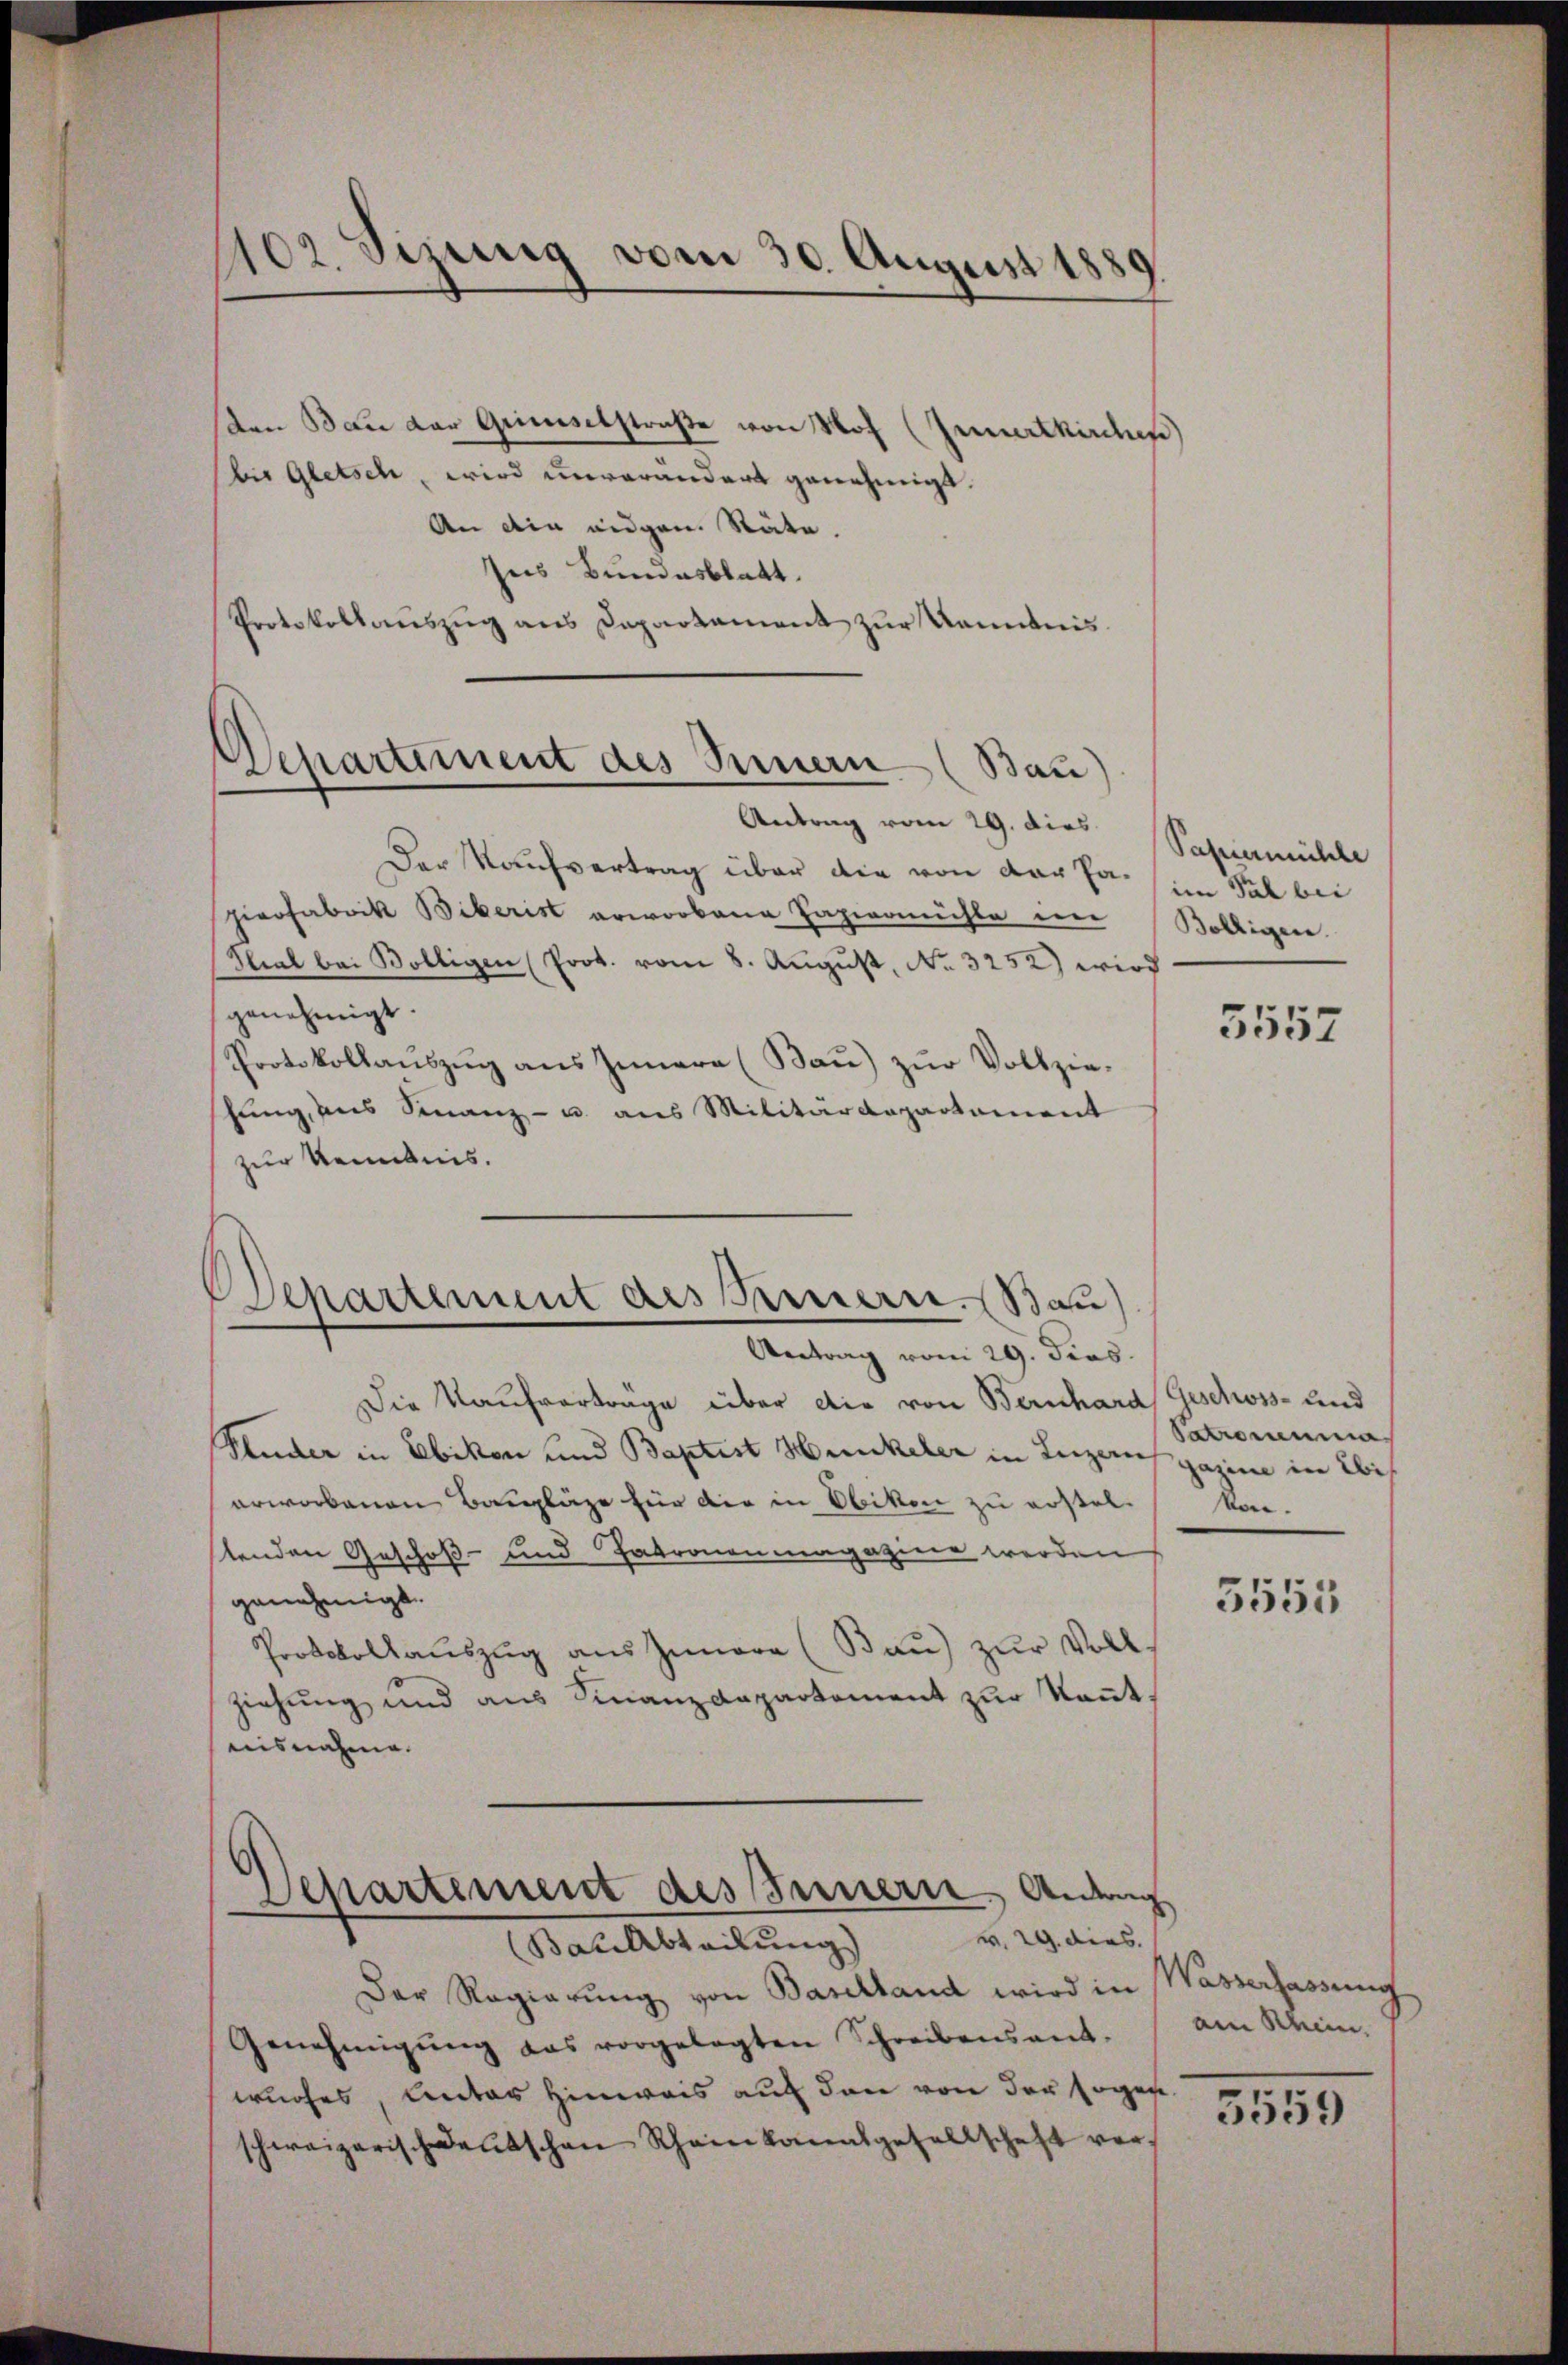
102. Sizung vom 30. August 1885

Den Bau der Grimselstraße von Pof (Innertkirchen
bis Gletsch, wird unverändert genehmigt.
An die eidgen. Stäte.
Ins Bundesblatt.
Protokollauszug aus Departament zur Kenntnis

Departement des Innern (Bau)
Antrag vom 29. dies

Der Kaufvertrag über die von der Pahirofabrik Biberist erworbene Papiermühle im
Tlial bei Boltigen (Prot. vom 8. August, No. 3252) wird
genehmigt
Protokollauszug aus Innern (Bau) zur Vollzieschung, ans Finanz- u. aus Militärdepartement
zur Kenntnis.

chartement des Feuerre. (Bau)
Antrag vom 29. dies

Papiermühle
im Tal bei
Bolligen.

Die Kaufverträge über die von Bernhard Geschs- und
Pluder in Ebikon und Baptist Hunkeler in Luzern in Ebi
erworbenen Baupläge für die in Obikon zu erstelstenden Geschoß- und Patronenmagazine werden
genehmigt.
Protokollaŭszŭg aŭs Iunara (Bau) zŭr Voll-
ziehung und aus Finanzdepartement zur Kenntnisnahme.
Departement des Innern, Andruc
Bauabteilŭng v. 29. dies
Der Regierŭng von Baselland wird in Wasserfassung
Genehmigŭng das vorgelegten Schreibensant.
wurfes, Antar Hinweis auf den von der sogene
schweizerisch deutschen Rheinkanalgesellschaft ver-

5552

Patrona
n.

5555

am Rhein.

3559